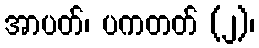
အာပတ်၊ ပကတတ် (၂)၊